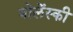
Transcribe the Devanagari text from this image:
वोलेंस्की